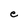
Character: e